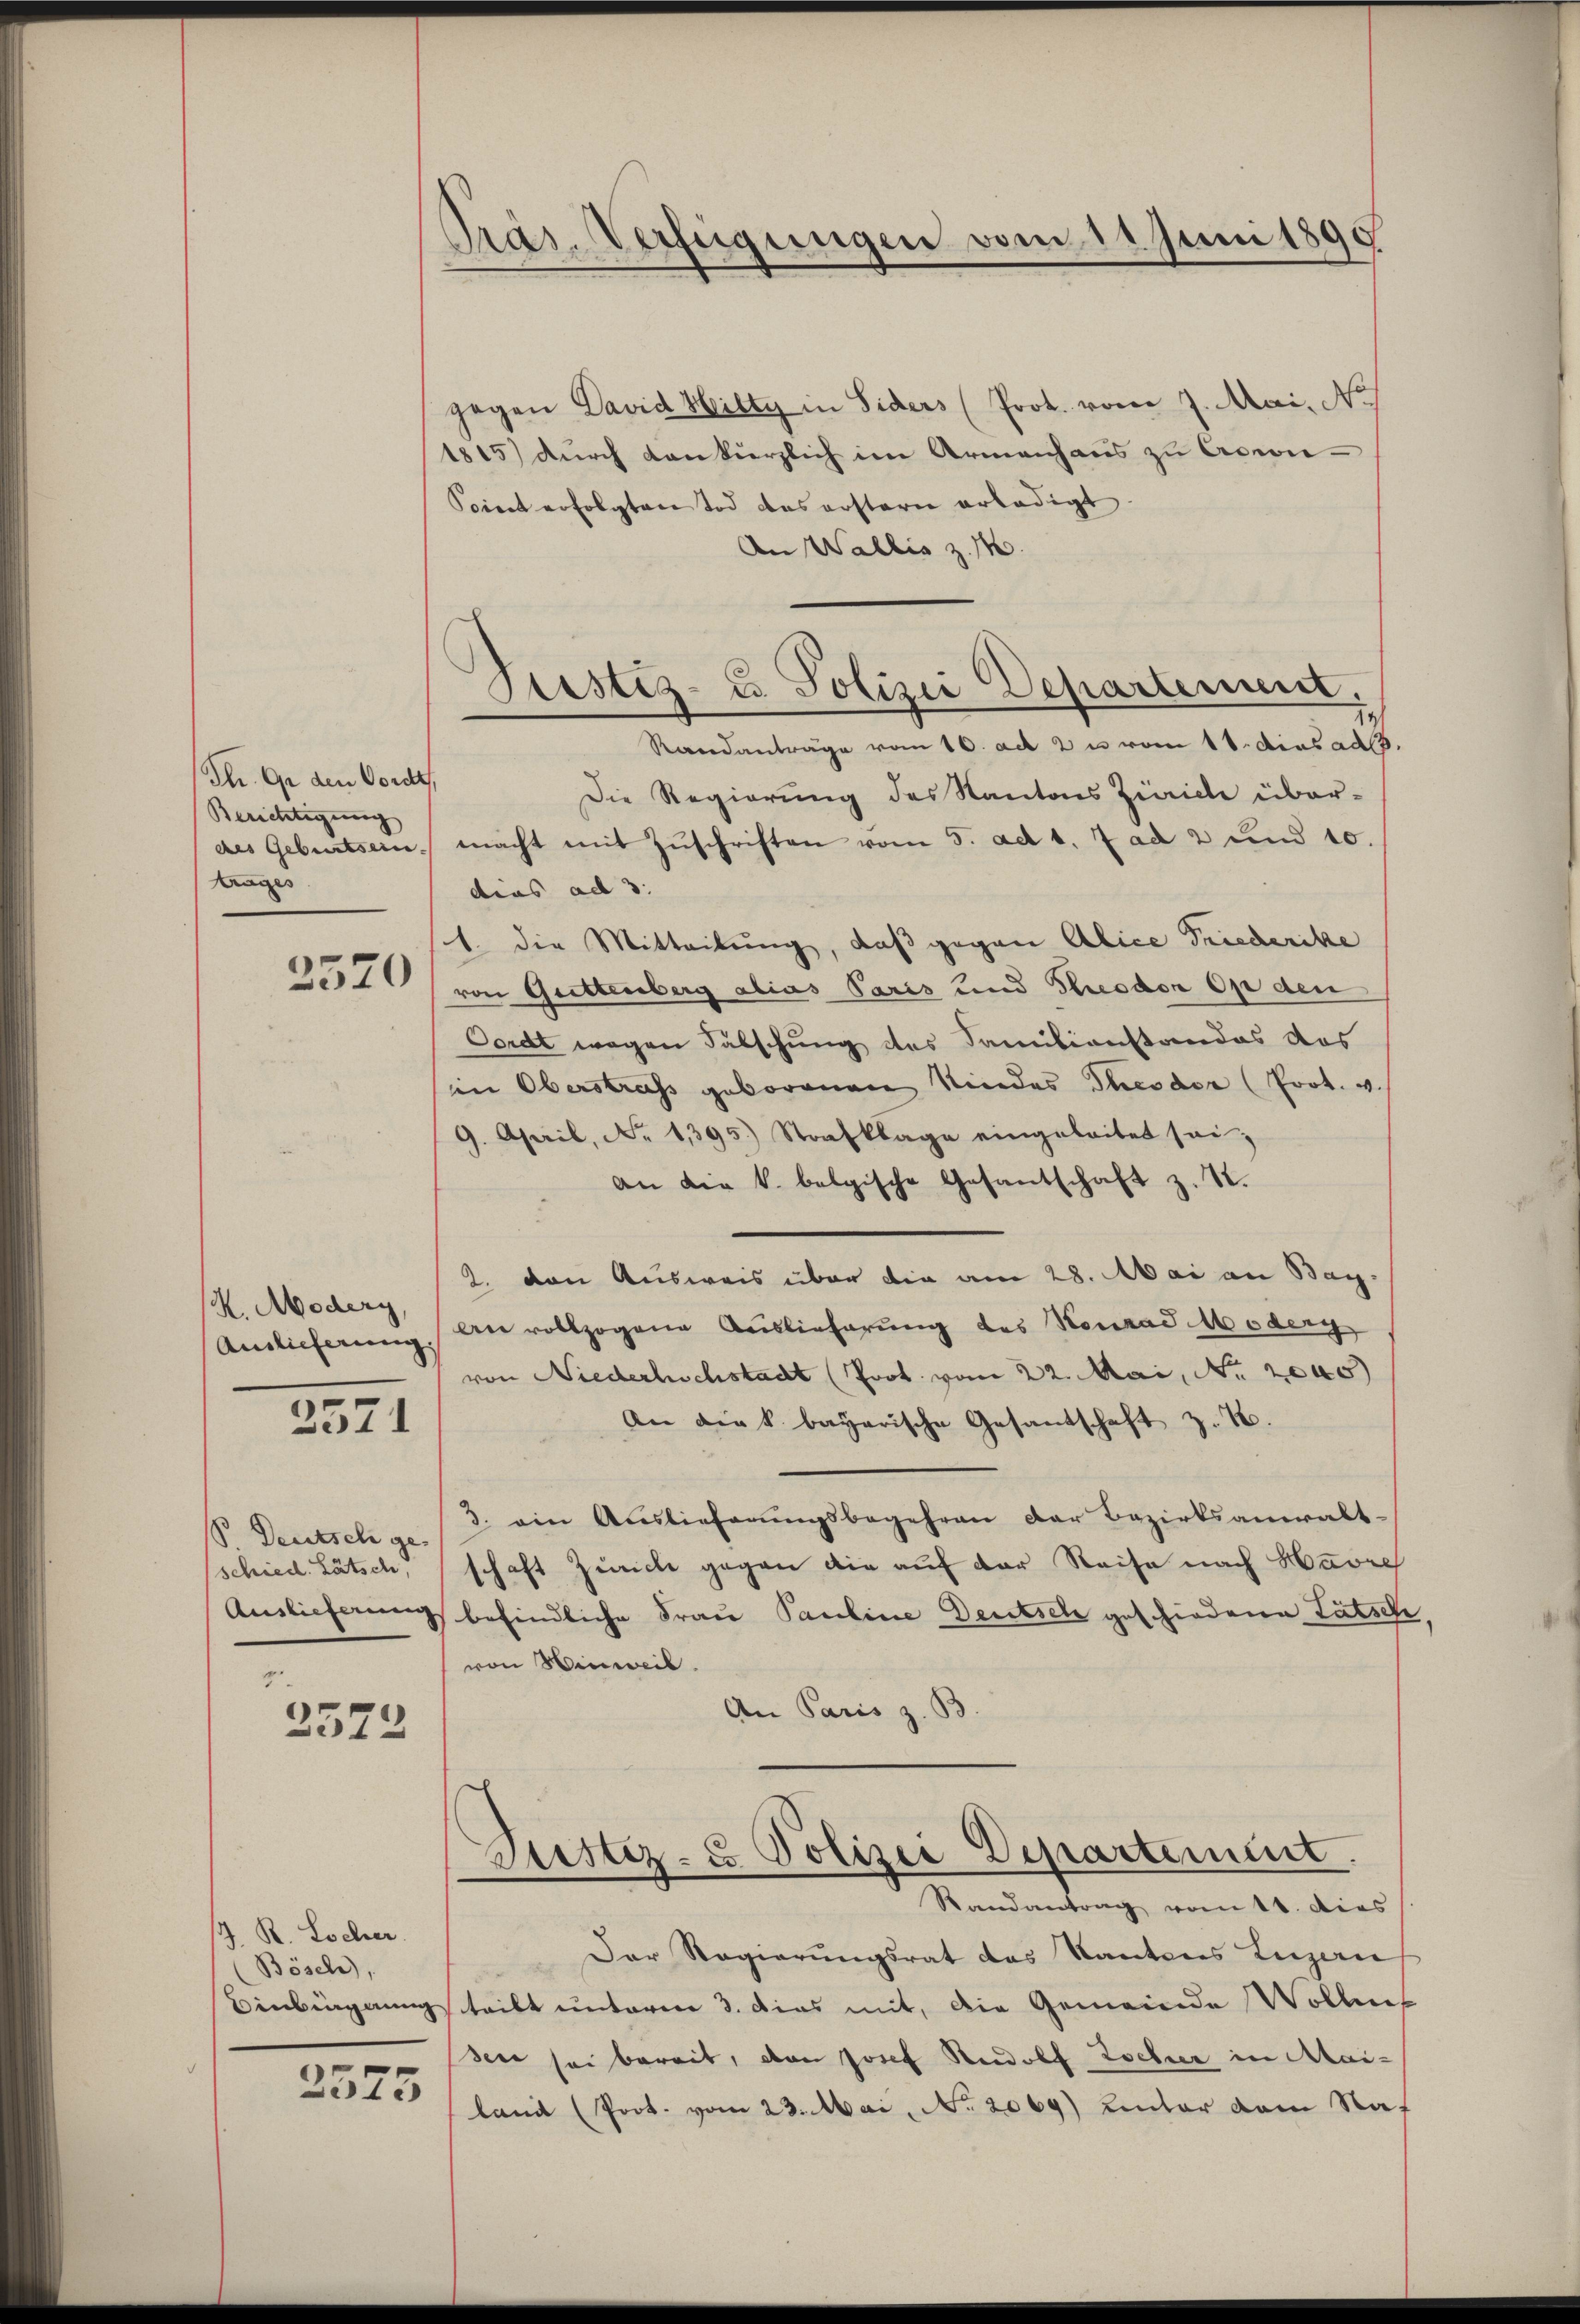
dh. Gr den Vordt,
Berichtigung
des Geburtsein.
trages

2570

K. Modery,

2571

V Deutsch ge-
schied. Lätsch

7

2572

J. R. Locher.
Bösch,

2373

Präs. Verfügungen vom 11. Juni 1890

gegen David Hilty in Siders (Prot. vom 7. Mai, No. 1
1815 dŭrch dankerzlich im Armenhaus zu Ccen-
Scient erfolgten Tod das erstaren erlädigt.
An Wallis z. M.
Die Regierung des Kantons Zivicle über-
macht mit Zŭschriften vom 5. ad 1. 7 ad 2 und 10.
dias ad 3.
1. die Mitteilung, daß gegen Alice Friederike
von Guettenberg alias Paris und Theodor Op den
Cordt wegen Fälschung des Familienstandas das
in Oberstrafs geborenen Kindes Theodor (Prot. v.
9. April, No 1395.) Strafklage eingeleitet sei,
an die k. belgische Gesantschaft z. S.
2. den Ausweis über die am 28. Mai an Bay
Amlicherŭng an vollzogene Auslieferung des Konrad Moderg
von Niederhöchstadt (Prot. vom 22. Mai, Nr. 2000)
An die k. bayerische Gesantschaft z. B.
3. ein Auslieferŭngsbegehren der Bezirksanwalt-
schaft Zürich gegen die auf der Reise nach Havre
Auslieferung befindliche Frau Pauline Deutsch geschiedene Lätsch
von Hinweil.
An Paris z. B.
Gustiz- & Polizei Departement.
Randantrag vom 11. dies
Der Regierŭngsrat das Kantons Luzern
Einburgung teilt unterer 3. Dies mit, die Gemeinde Wollens
seer sei bereit, von Josef Rudolf Locher in Mai-
lani (Prot. vom 23. Mai, No. 2069) Unter dem Nat

Justiz- u. Polizei Departement.
Randanträge vom 10. ad 2 u vom 18. Das ad 8.